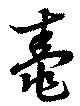
鼃